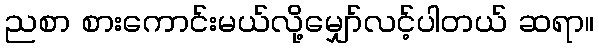
ညစာ စားကောင်းမယ်လို့မျှော်လင့်ပါတယ် ဆရာ။